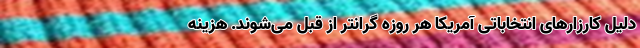
دلیل کارزارهای انتخاباتی آمریکا هر روزه گرانتر از قبل می‌شوند. هزینه